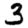
Digit: 3